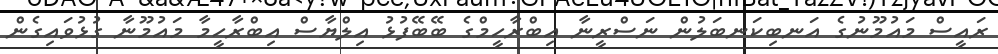
ރައީސް މައުމޫނުގެ އަނބިކަނބަލުން ނަސްރީނާ އިބްރާހީމްގެ ބޭބޭފުޅު އިލްޔާސް އިބްރާހީމާ މައުމޫނާ ގުޅުވައިގެން